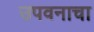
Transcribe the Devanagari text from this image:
उपवनाचा